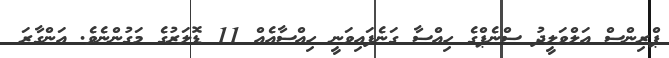
ޕްރިންސް އަލްވަލީދު ސްނެޕްގެ ހިއްސާ ގަނެފައިވަނީ ހިއްސާއެއް 11 ޑޮލަރުގެ މަގުންނެވެ. އަންގާރަ